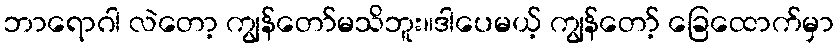
ဘာရောဂါ လဲတော့ ကျွန်တော်မသိဘူး။ဒါပေမယ့် ကျွန်တော့် ခြေထောက်မှာ